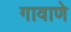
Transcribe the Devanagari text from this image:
गावाणे